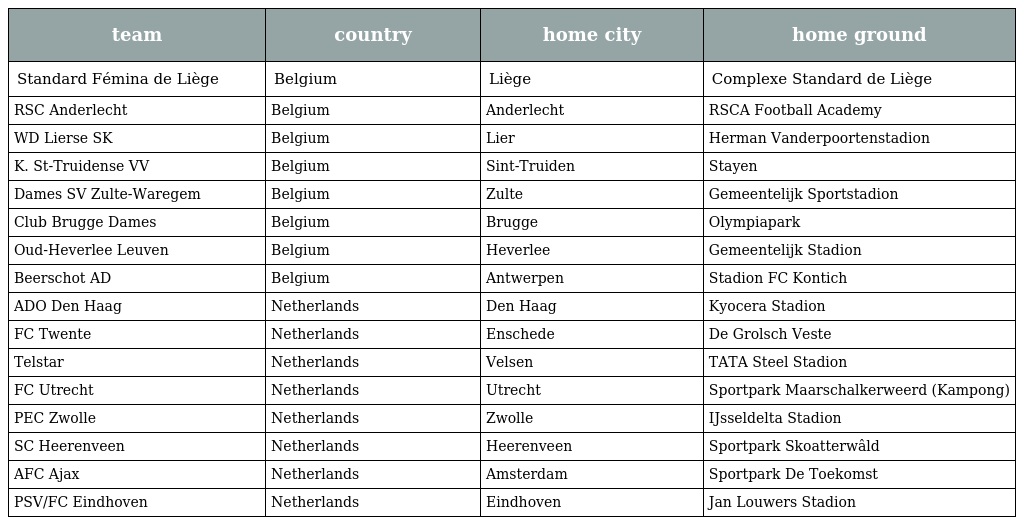
| team | country | home city | home ground |
 | --- | --- | --- | --- |
 | Standard Fémina de Liège | Belgium | Liège | Complexe Standard de Liège |
 | RSC Anderlecht | Belgium | Anderlecht | RSCA Football Academy |
 | WD Lierse SK | Belgium | Lier | Herman Vanderpoortenstadion |
 | K. St-Truidense VV | Belgium | Sint-Truiden | Stayen |
 | Dames SV Zulte-Waregem | Belgium | Zulte | Gemeentelijk Sportstadion |
 | Club Brugge Dames | Belgium | Brugge | Olympiapark |
 | Oud-Heverlee Leuven | Belgium | Heverlee | Gemeentelijk Stadion |
 | Beerschot AD | Belgium | Antwerpen | Stadion FC Kontich |
 | ADO Den Haag | Netherlands | Den Haag | Kyocera Stadion |
 | FC Twente | Netherlands | Enschede | De Grolsch Veste |
 | Telstar | Netherlands | Velsen | TATA Steel Stadion |
 | FC Utrecht | Netherlands | Utrecht | Sportpark Maarschalkerweerd (Kampong) |
 | PEC Zwolle | Netherlands | Zwolle | IJsseldelta Stadion |
 | SC Heerenveen | Netherlands | Heerenveen | Sportpark Skoatterwâld |
 | AFC Ajax | Netherlands | Amsterdam | Sportpark De Toekomst |
 | PSV/FC Eindhoven | Netherlands | Eindhoven | Jan Louwers Stadion |